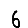
Digit: 6